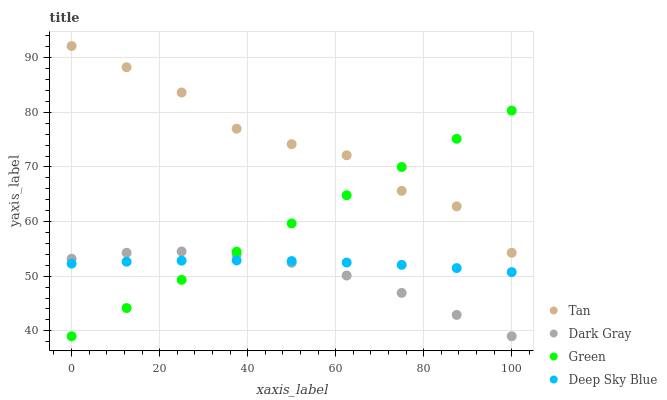
| xaxis_label | Tan | Dark Gray | Green | Deep Sky Blue |
 | --- | --- | --- | --- | --- |
 | 0 | 92.2 | 53.2 | 39 | 52.3 |
 | 12.5 | 88.3 | 54.3 | 44.2 | 52.7 |
 | 25 | 83.6 | 54.5 | 49.3 | 52.8 |
 | 37.5 | 77 | 53.9 | 54.5 | 52.9 |
 | 50 | 74.2 | 52.4 | 59.7 | 52.8 |
 | 62.5 | 72.1 | 50.1 | 64.8 | 52.5 |
 | 75 | 65.6 | 46.9 | 70 | 52.1 |
 | 87.5 | 62.8 | 42.9 | 75.2 | 51.5 |
 | 100 | 54.3 | 39 | 80.3 | 50.8 |